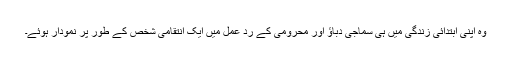
وہ اپنی ابتدائی زندگی میں ہی سماجی دباؤ اور محرومی کے رد عمل میں ایک انتقامی شخص کے طور پر نمودار ہوئے۔